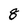
Character: 8